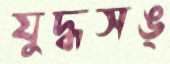
যুদ্ধসঙ্